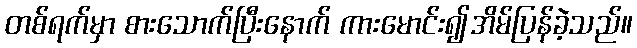
တစ်ရက်မှာ စားသောက်ပြီးနောက် ကားမောင်း၍အိမ်ပြန်ခဲ့သည်။